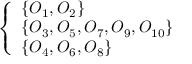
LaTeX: \left\{ \begin{array} { l l } { \{ O _ { 1 } , O _ { 2 } \} } \\ { \{ O _ { 3 } , O _ { 5 } , O _ { 7 } , O _ { 9 } , O _ { 1 0 } \} } \\ { \{ O _ { 4 } , O _ { 6 } , O _ { 8 } \} } \end{array} \right.